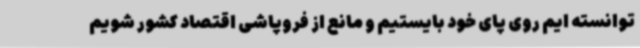
توانسته ایم روی پای خود بایستیم و مانع از فروپاشی اقتصاد کشور شویم